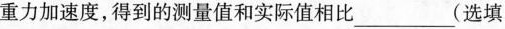
重力加速度，得到的测量值和实际值相比___( 选填